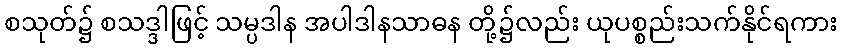
စသုတ်၌ စသဒ္ဒါဖြင့် သမ္ပဒါန အပါဒါနသာဓန တို့၌လည်း ယုပစ္စည်းသက်နိုင်ရကား